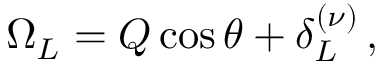
\Omega _ { L } = { \cal Q } \cos \theta + \delta _ { L } ^ { ( \nu ) } \, ,